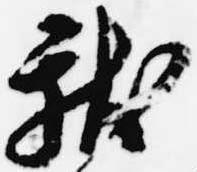
献